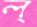
ল্